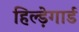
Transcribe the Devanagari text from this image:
हिल्ड़ेगार्ड